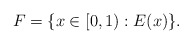
\begin{align*}F=\{x\in[0,1) : E(x)\}.\end{align*}